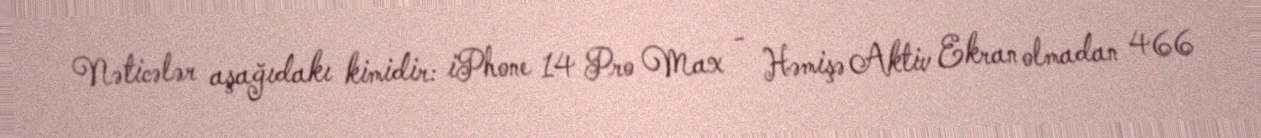
Nəticələr aşağıdakı kimidir: iPhone 14 Pro Max - Həmişə Aktiv Ekran olmadan 466